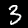
Digit: 3